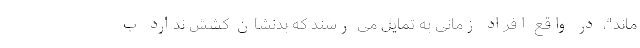
ماند"، در واقع افراد زمانی به تمایل می رسند که بدنشان کشش ندارد ب